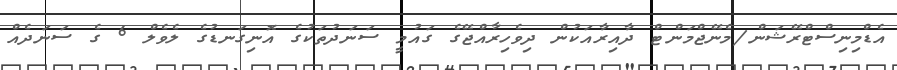
އެޑްމިނިސްޓްރޭޝަން/މެނޭޖްމަންޓް ދާއިރާއަކުން ދިވެހިރާއްޖޭގެ ގައުމީ ސަނަދުތަކުގެ އޮނިގަނޑުގެ ލެވެލް 6 ގެ ސަނަދެއް